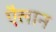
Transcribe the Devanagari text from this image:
एैलान